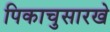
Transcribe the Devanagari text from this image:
पिकाचुसारखे